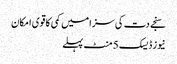
سنجے دت کی سزا میں کمی کا قوی امکان
نیوز ڈیسک 5 منٹ پہلے